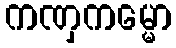
ကဏှကမ္မော